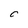
Character: 5